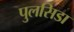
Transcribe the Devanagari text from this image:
पुलसिडा